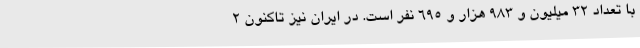
با تعداد ۳۲ میلیون و ۹۸۳ هزار و ۶۹۵ نفر است. در ایران نیز تاکنون ۲